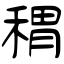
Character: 稩